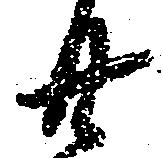
廿